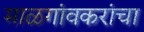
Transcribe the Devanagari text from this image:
माळगांवकरांचा